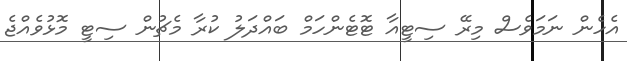
އެހެން ނަމަވެސް މިރޭ ސިޓީއާ ޓޮޓެންހަމް ބައްދަލު ކުރާ މެޗުން ސިޓީ މޮޅުވެއްޖެ